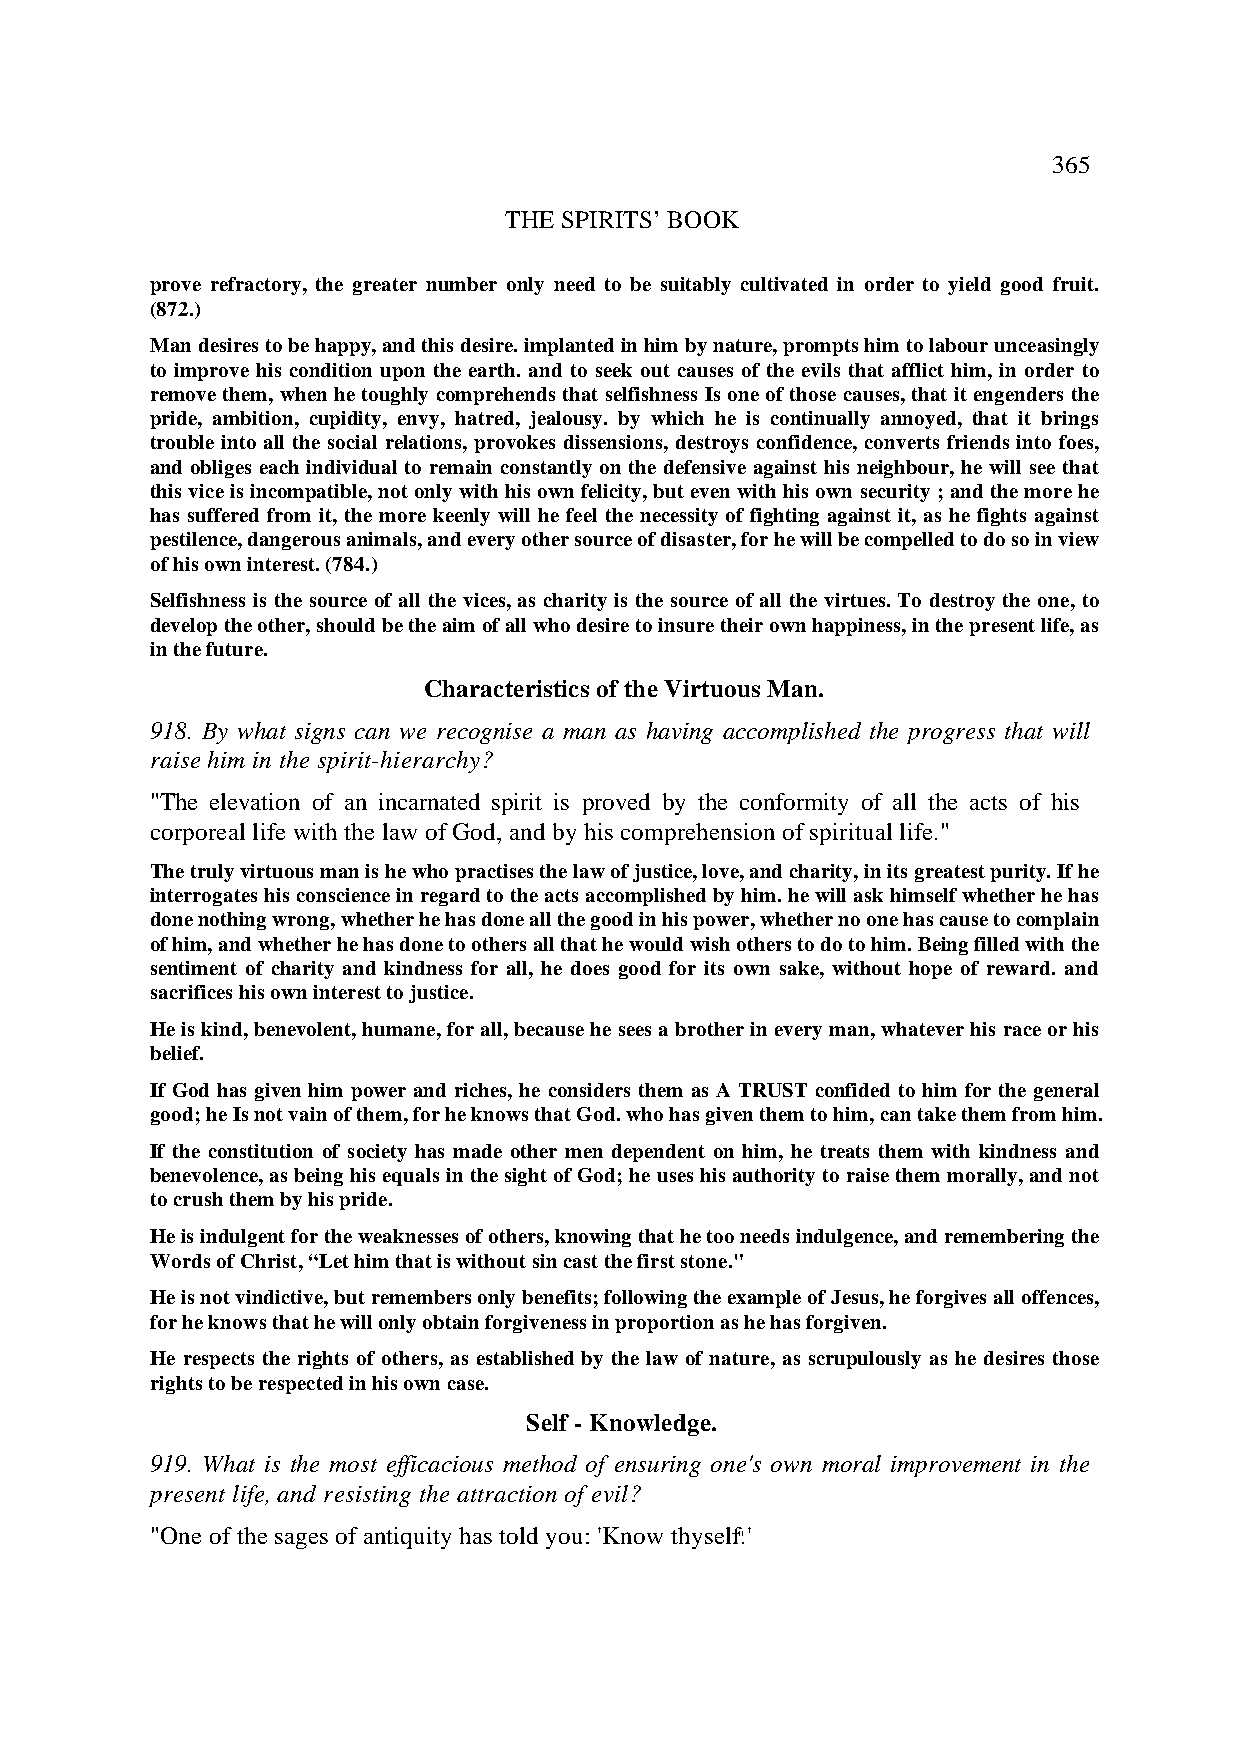
365
 THE SPIRITS’ BOOK
 prove refractory, the greater number only need to be suitably cultivated in order to yield good fruit.
 (872.)
 Man desires to be happy, and this desire. implanted in him by nature, prompts him to labour unceasingly
 to improve his condition upon the earth. and to seek out causes of the evils that afflict him, in order to
 remove them, when he toughly comprehends that selfishness Is one of those causes, that it engenders the
 pride, ambition, cupidity, envy, hatred, jealousy. by which he is continually annoyed, that it brings
 trouble into all the social relations, provokes dissensions, destroys confidence, converts friends into foes,
 and obliges each individual to remain constantly on the defensive against his neighbour, he will see that
 this vice is incompatible, not only with his own felicity, but even with his own security ; and the more he
 has suffered from it, the more keenly will he feel the necessity of fighting against it, as he fights against
 pestilence, dangerous animals, and every other source of disaster, for he will be compelled to do so in view
 of his own interest. (784.)
 Selfishness is the source of all the vices, as charity is the source of all the virtues. To destroy the one, to
 develop the other, should be the aim of all who desire to insure their own happiness, in the present life, as
 in the future.
 Characteristics of the Virtuous Man.
 918. By what signs can we recognise a man as having accomplished the progress that will
 raise him in the spirit-hierarchy?
 "The elevation of an incarnated spirit is proved by the conformity of all the acts of his
 corporeal life with the law of God, and by his comprehension of spiritual life."
 The truly virtuous man is he who practises the law of justice, love, and charity, in its greatest purity. If he
 interrogates his conscience in regard to the acts accomplished by him. he will ask himself whether he has
 done nothing wrong, whether he has done all the good in his power, whether no one has cause to complain
 of him, and whether he has done to others all that he would wish others to do to him. Being filled with the
 sentiment of charity and kindness for all, he does good for its own sake, without hope of reward. and
 sacrifices his own interest to justice.
 He is kind, benevolent, humane, for all, because he sees a brother in every man, whatever his race or his
 belief.
 If God has given him power and riches, he considers them as A TRUST confided to him for the general
 good; he Is not vain of them, for he knows that God. who has given them to him, can take them from him.
 If the constitution of society has made other men dependent on him, he treats them with kindness and
 benevolence, as being his equals in the sight of God; he uses his authority to raise them morally, and not
 to crush them by his pride.
 He is indulgent for the weaknesses of others, knowing that he too needs indulgence, and remembering the
 Words of Christ, “Let him that is without sin cast the first stone."
 He is not vindictive, but remembers only benefits; following the example of Jesus, he forgives all offences,
 for he knows that he will only obtain forgiveness in proportion as he has forgiven.
 He respects the rights of others, as established by the law of nature, as scrupulously as he desires those
 rights to be respected in his own case.
 Self - Knowledge.
 919. What is the most efficacious method of ensuring one's own moral improvement in the
 present life, and resisting the attraction of evil?
 "One of the sages of antiquity has told you: 'Know thyself.'"